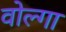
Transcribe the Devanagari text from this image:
वोल्‍गा